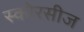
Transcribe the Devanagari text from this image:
स्कोरसीज